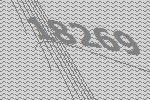
18269